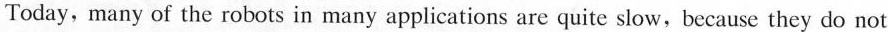
Today, many of the robots in many applications are quite slow,because they do not